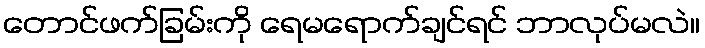
တောင်ဖက်ခြမ်းကို ရေမရောက်ချင်ရင် ဘာလုပ်မလဲ။